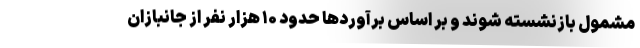
مشمول بازنشسته شوند و بر اساس برآوردها حدود ۱۰ هزار نفر از جانبازان